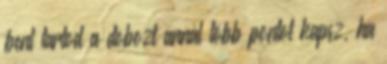
bent tartod a dobozt annál több pontot kapsz, ha